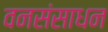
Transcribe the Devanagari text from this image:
वनसंसाधन